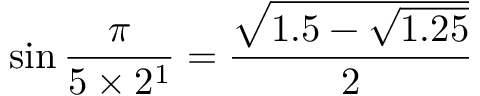
\sin { \frac { \pi } { 5 \times 2 ^ { 1 } } } = { \frac { \sqrt { 1 . 5 - { \sqrt { 1 . 2 5 } } } } { 2 } }